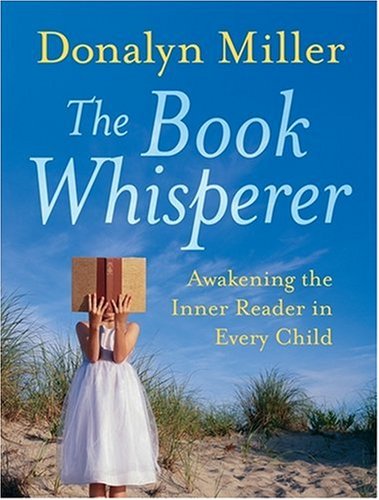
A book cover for The Book Whisperer: Awakening the Inner Reader in Every Child; Donalyn Miller; Education & Teaching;